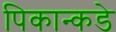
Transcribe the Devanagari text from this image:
पिकान्कडे